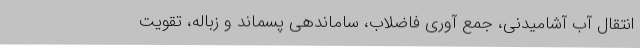
انتقال آب آشامیدنی، جمع آوری فاضلاب، ساماندهی پسماند و زباله، تقویت